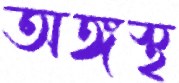
অঙ্গস্থ